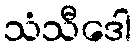
သံသီဒေါ